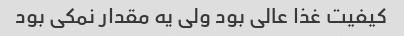
کیفیت غذا عالی بود ولی یه مقدار نمکی بود